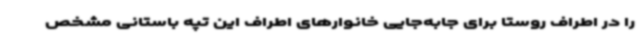
را در اطراف روستا برای جابه‌جایی خانوارهای اطراف این تپه باستانی مشخص